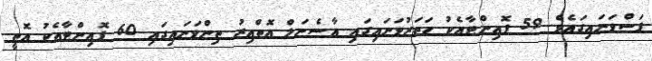
ފަސްވަނައިގައެވެ. 59 ޕޮއިންޓާއެކު ހަތަރުވަނައިގައި އާސެނަލް އޮތްއިރު ތިންވަނައިގައި 60 ޕޮއިންޓާއެކު އޮތީ